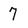
Character: 7